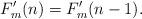
LaTeX: \begin{align*}F'_m(n)=F'_m(n-1).\end{align*}